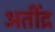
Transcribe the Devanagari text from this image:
अतींद्र